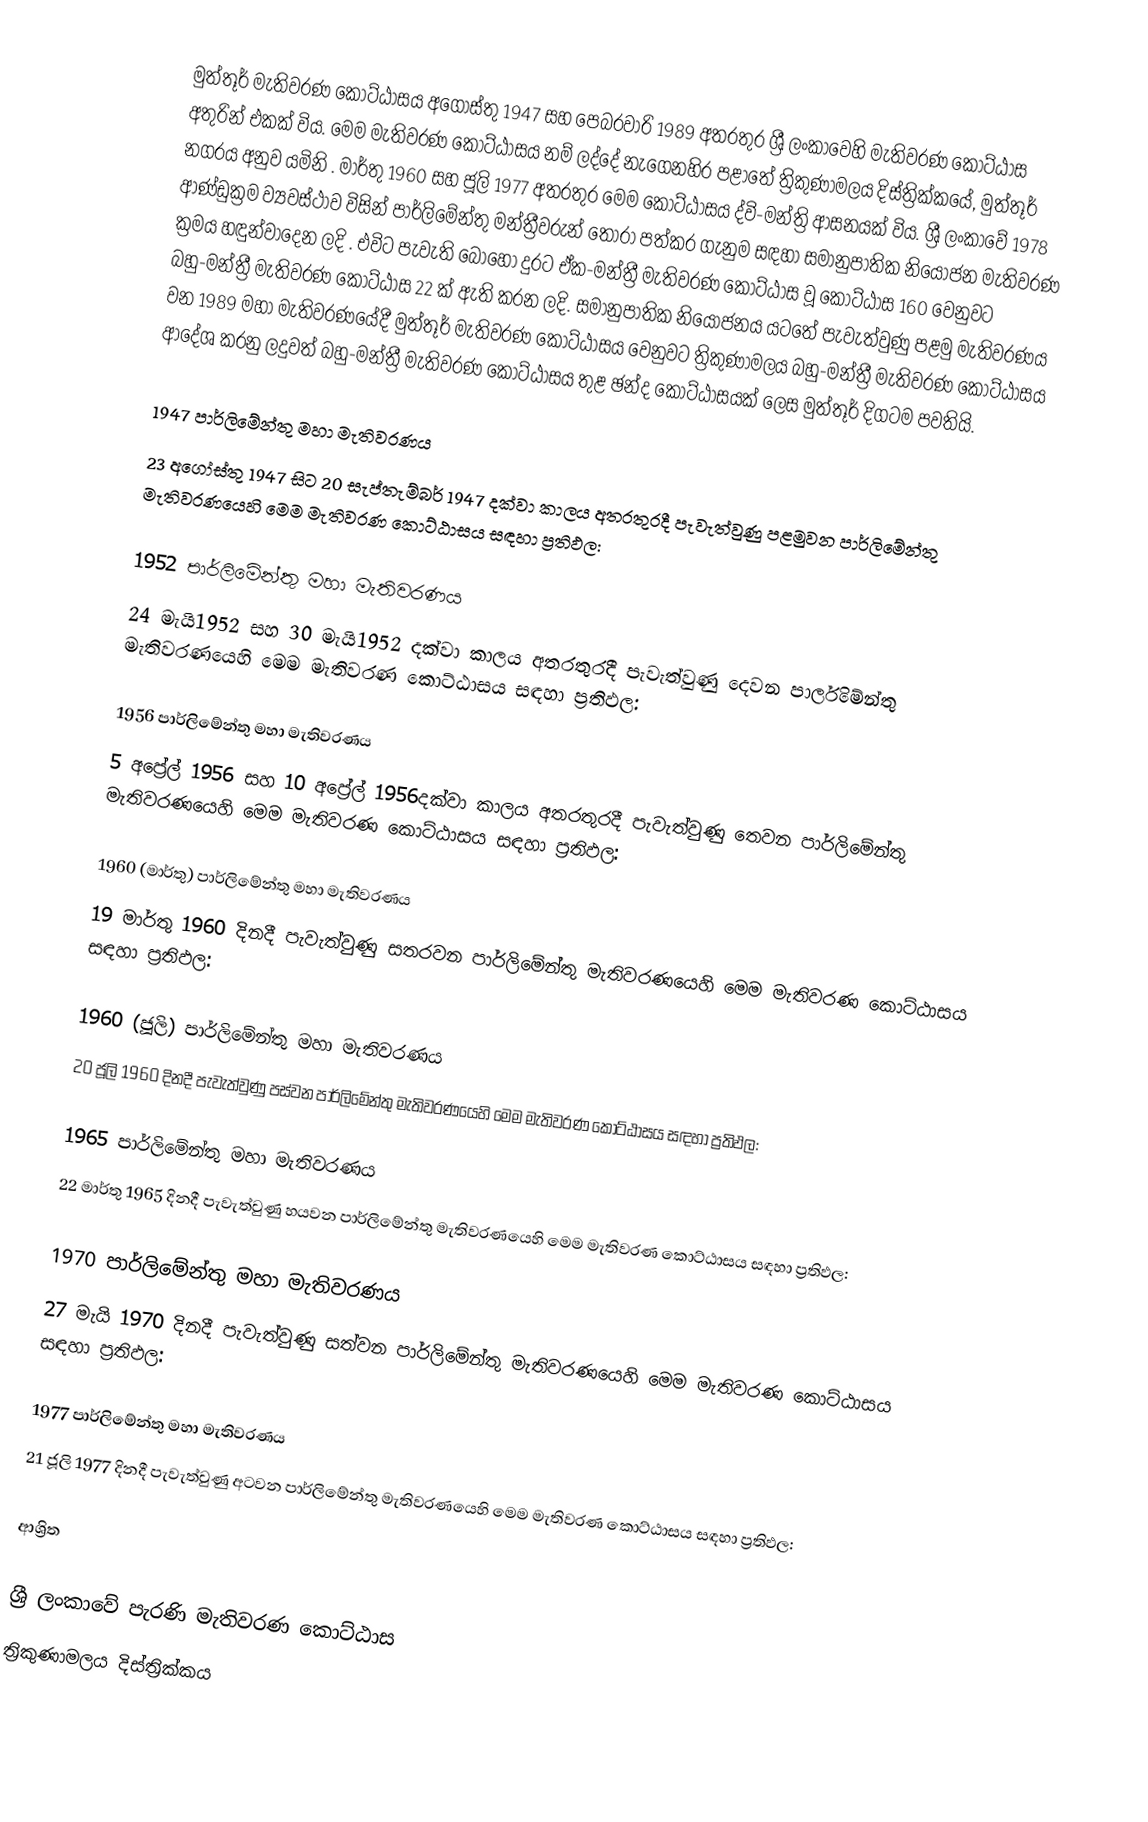
මුත්තූර් මැතිවරණ කොට්ඨාසය  අගෝස්තු 1947 සහ පෙබරවාරි 1989 අතරතුර  ශ්‍රී ලංකාවෙහි  මැතිවරණ කොට්ඨාස අතුරින් එකක් විය. මෙම මැතිවරණ කොට්ඨාසය නම් ලද්දේ  නැගෙනහිර පළාතේ  ත්‍රිකුණාමලය දිස්ත්‍රික්කයේ,  මුත්තූර් නගරය අනුව යමිනි . මාර්තු 1960 සහ ජූලි 1977 අතරතුර මෙම කොට්ඨාසය ද්වි-මන්ත්‍රි ආසනයක් විය.  ශ්‍රී ලංකාවේ 1978 ආණ්ඩුක්‍රම ව්‍යවස්ථාව විසින්   පාර්ලිමේන්තු මන්ත්‍රීවරුන් තෝරා පත්කර ගැනුම සඳහා සමානුපාතික නියෝජන මැතිවරණ ක්‍රමය හඳුන්වාදෙන ලදි . එවිට පැවැති බොහෝ දුරට  ඒක-මන්ත්‍රී මැතිවරණ කොට්ඨාස වූ කොට්ඨාස 160 වෙනුවට බහු-මන්ත්‍රී මැතිවරණ කොට්ඨාස 22 ක් ඇති කරන ලදි. සමානුපාතික නියෝජනය යටතේ පැවැත්වුණු පළමු මැතිවරණය වන 1989 මහා මැතිවරණයේදී  මුත්තූර් මැතිවරණ කොට්ඨාසය වෙනුවට  ත්‍රිකුණාමලය බහු-මන්ත්‍රී මැතිවරණ කොට්ඨාසය  ආදේශ කරනු ලදුවත් බහු-මන්ත්‍රී මැතිවරණ කොට්ඨාසය තුළ ඡන්ද කොට්ඨාසයක් ලෙස මුත්තූර් දිගටම පවතියි.

1947 පාර්ලිමේන්තු මහා මැතිවරණය
23 අගෝස්තු 1947 සිට 20 සැප්තැම්බර් 1947 දක්වා කාලය අතරතුරදී පැවැත්වුණු  පළමුවන පාර්ලිමේන්තු මැතිවරණයෙහි මෙම මැතිවරණ කොට්ඨාසය සඳහා ප්‍රතිඵල:

1952 පාර්ලිමේන්තු මහා මැතිවරණය
24 මැයි1952 සහ 30 මැයි1952 දක්වා කාලය අතරතුරදී පැවැත්වුණු  දෙවන පාර්ලිමේන්තු මැතිවරණයෙහි මෙම මැතිවරණ කොට්ඨාසය සඳහා ප්‍රතිඵල:

1956 පාර්ලිමේන්තු මහා මැතිවරණය
5 අප්‍රේල් 1956 සහ 10 අප්‍රේල් 1956දක්වා කාලය අතරතුරදී පැවැත්වුණු  තෙවන පාර්ලිමේන්තු මැතිවරණයෙහි මෙම මැතිවරණ කොට්ඨාසය සඳහා ප්‍රතිඵල:

1960 (මාර්තු) පාර්ලිමේන්තු මහා මැතිවරණය
19 මාර්තු 1960 දිනදී පැවැත්වුණු  සතරවන පාර්ලිමේන්තු මැතිවරණයෙහි මෙම මැතිවරණ කොට්ඨාසය සඳහා ප්‍රතිඵල:

1960 (ජූලි) පාර්ලිමේන්තු මහා මැතිවරණය
20 ජූලි 1960 දිනදී පැවැත්වුණු  පස්වන පාර්ලිමේන්තු මැතිවරණයෙහි මෙම මැතිවරණ කොට්ඨාසය සඳහා ප්‍රතිඵල:

1965 පාර්ලිමේන්තු මහා මැතිවරණය
22 මාර්තු 1965  දිනදී පැවැත්වුණු  හයවන පාර්ලිමේන්තු මැතිවරණයෙහි මෙම මැතිවරණ කොට්ඨාසය සඳහා ප්‍රතිඵල:

1970 පාර්ලිමේන්තු මහා මැතිවරණය
27 මැයි 1970 දිනදී පැවැත්වුණු  සත්වන පාර්ලිමේන්තු මැතිවරණයෙහි මෙම මැතිවරණ කොට්ඨාසය සඳහා ප්‍රතිඵල:

1977 පාර්ලිමේන්තු මහා මැතිවරණය
21 ජූලි 1977 දිනදී පැවැත්වුණු  අටවන පාර්ලිමේන්තු මැතිවරණයෙහි මෙම මැතිවරණ කොට්ඨාසය සඳහා ප්‍රතිඵල:

ආශ්‍රිත

ශ්‍රී ලංකාවේ පැරණි මැතිවරණ කොට්ඨාස
ත්‍රිකුණාමලය දිස්ත්‍රික්කය